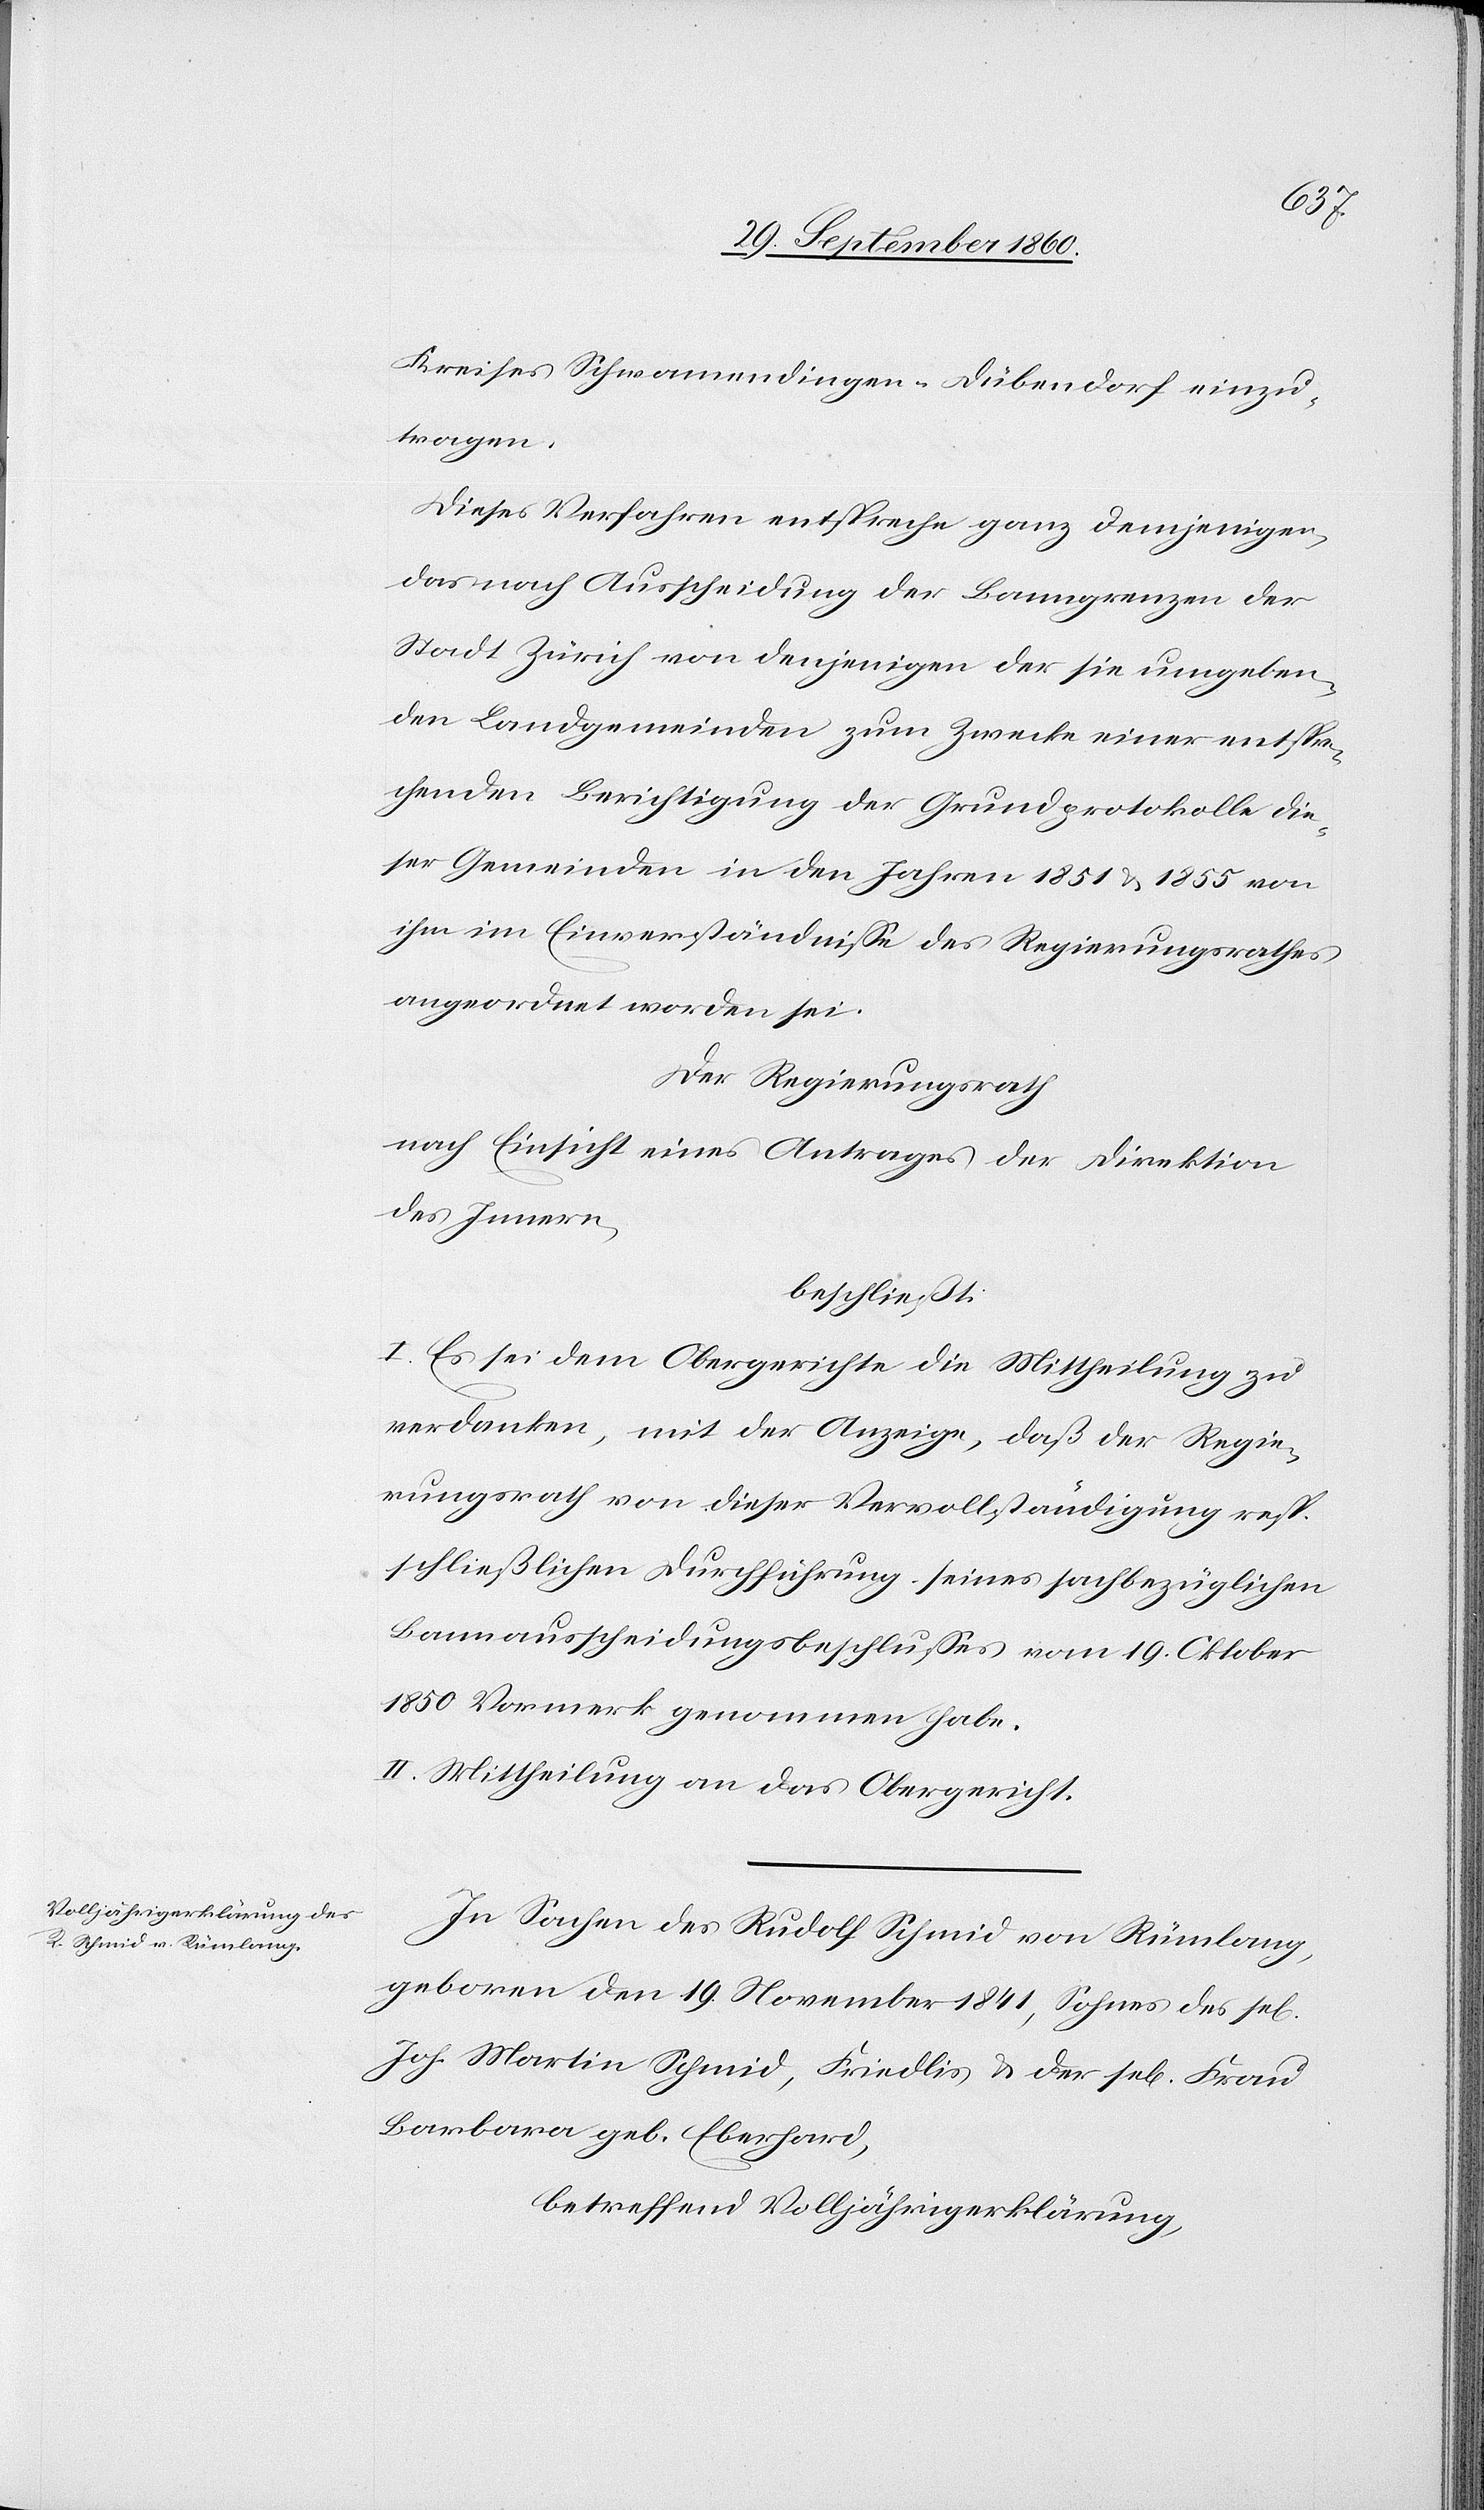
igen]
Kreises Schwamendingen-Dübendorf einzu¬
tragen.
Dieses Verfahren entspreche ganz demjenigen,
das nach Ausscheidung der Banngrenzen der
Stadt Zürich von denjenigen der sie ungeben¬
den Landgemeinden zum Zwecke einer entspre¬
chenden Berichtigung der Grundprotokolle die¬
ser Gemeinden in den Jahren 1851 & 1855 von
ihm im Einverständnisse des Regierungsrathes
angeordnet worden sei.
Der Regierungsrath
nach Einsicht eines Antrages der Direktion
des Innern,
beschließt:
Il. Es sei dem Obergerichte die Mittheilung zu
verdanken, mit der Anzeige, daß der Regie¬
rungsrath von dieser Vervollständigung resp.
schließlichen Durchführung seines sachbezüglichen
Bannausscheidungsbeschlusses vom 19. Oktober
1850 Vormerk genommen habe.
II. Mittheilung an das Obergericht.
In Sachen des Rudolf Schmid von Rümlang,
geboren den 19. November 1841, Sohnes des se[l¬
Joh. Martin Schmid, Friedlis & der se[ligen] Frau
Barbara geb. Eberhard,
betreffend Volljährigerklärung,